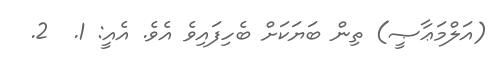
(އަލްމަޢާޞީ) ތިން ބަޔަކަށް ބެހިފައިވެ އެވެ. އެއީ: 1.  2.